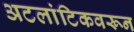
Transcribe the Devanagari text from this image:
अटलांटिकवरून